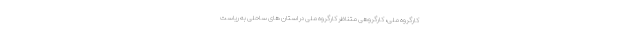
کارگروه ملی، کارگروهی متناظر کارگروه ملی در استان های ساحلی به ریاست